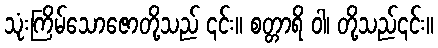
သုံးကြိမ်သောဇောတို့သည် ၎င်း။ စတ္တာရိ ဝါ၊ တို့သည်၎င်း။